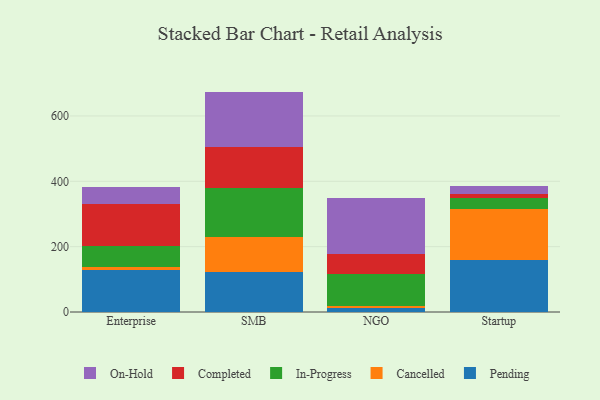
{"axis": {"x": "Segment", "y": "Bounce Rate (%)"}, "legend": ["Cancelled", "Completed", "In-Progress", "On-Hold", "Pending"], "data": [{"x": "Enterprise", "y": 129.4, "type": "Pending"}, {"x": "Enterprise", "y": 8.8, "type": "Cancelled"}, {"x": "Enterprise", "y": 63.9, "type": "In-Progress"}, {"x": "Enterprise", "y": 129.0, "type": "Completed"}, {"x": "Enterprise", "y": 52.6, "type": "On-Hold"}, {"x": "SMB", "y": 122.9, "type": "Pending"}, {"x": "SMB", "y": 107.7, "type": "Cancelled"}, {"x": "SMB", "y": 150.4, "type": "In-Progress"}, {"x": "SMB", "y": 123.5, "type": "Completed"}, {"x": "SMB", "y": 170.0, "type": "On-Hold"}, {"x": "NGO", "y": 11.9, "type": "Pending"}, {"x": "NGO", "y": 5.9, "type": "Cancelled"}, {"x": "NGO", "y": 99.3, "type": "In-Progress"}, {"x": "NGO", "y": 60.2, "type": "Completed"}, {"x": "NGO", "y": 170.4, "type": "On-Hold"}, {"x": "Startup", "y": 158.1, "type": "Pending"}, {"x": "Startup", "y": 156.9, "type": "Cancelled"}, {"x": "Startup", "y": 35.3, "type": "In-Progress"}, {"x": "Startup", "y": 10.4, "type": "Completed"}, {"x": "Startup", "y": 26.4, "type": "On-Hold"}]}